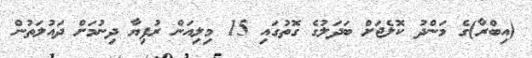
(އިބްރާ)ގެ މަންދު ކޮލެޖަށް ބަދަލުގެ ގޮތުގައި 15 މިލިއަން ރުފިޔާ ދިނުމަށް ދައުލަތުން